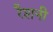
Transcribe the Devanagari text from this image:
रैशनी